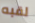
لقبه